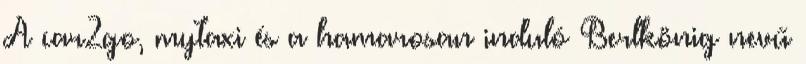
A car2go, mytaxi és a hamarosan induló Berlkönig nevű